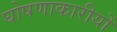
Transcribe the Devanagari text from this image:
घोषणाकारीयों